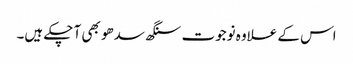
اس کے علاوہ نوجوت سنگھ سدھو بھی آ چکے ہیں۔